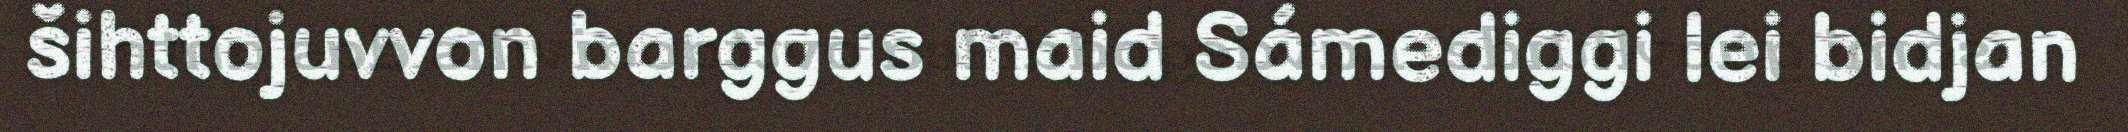
šihttojuvvon barggus maid Sámediggi lei bidjan